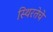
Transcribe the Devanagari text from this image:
स्थिरतेचे